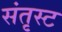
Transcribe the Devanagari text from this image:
संतृस्ट